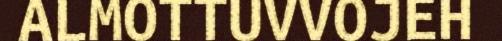
ALMOTTUVVOJEH